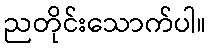
ညတိုင်းသောက်ပါ။